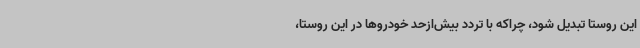
این روستا تبدیل شود، چراکه با تردد بیش‌ازحد خودروها در این روستا،